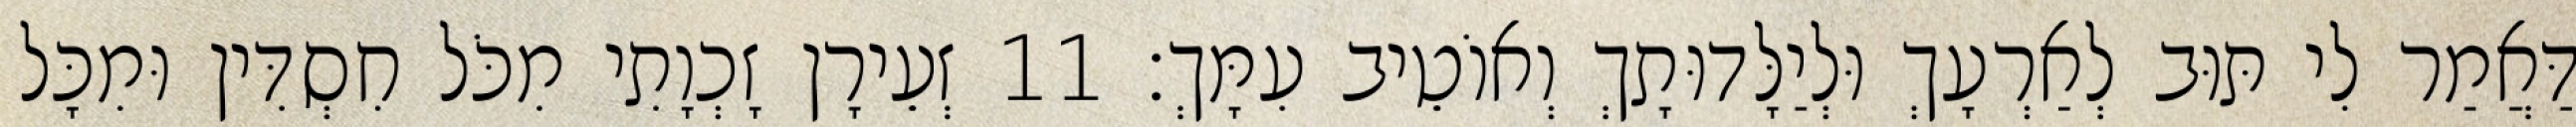
דַּאֲמַר לִי תּוּב לְאַרְעָךְ וּלְיַלָּדוּתָךְ וְאוֹטֵיב עִמָּךְ׃ 11 זְעֵירָן זָכְוָתִי מִכֹּל חִסְדִּין וּמִכָּל